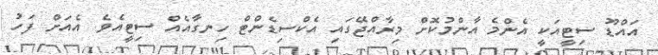
އައްޑޫ ސިޓީއަކީ އެންމެ އާންމުކޮށް މިރާއްޖޭގައި އެކްސިޑެންޓް ހިނގާއެއް ސިޓީއެވެ. އެއަށް ފަހު